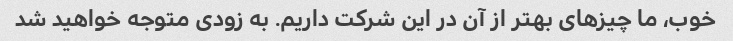
خوب، ما چیزهای بهتر از آن در این شرکت داریم. به زودی متوجه خواهید شد